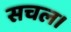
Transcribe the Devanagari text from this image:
सचल।